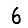
Digit: 6